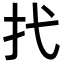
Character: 𢩮